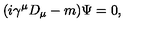
( i \gamma ^ { \mu } D _ { \mu } - m ) \Psi = 0 ,